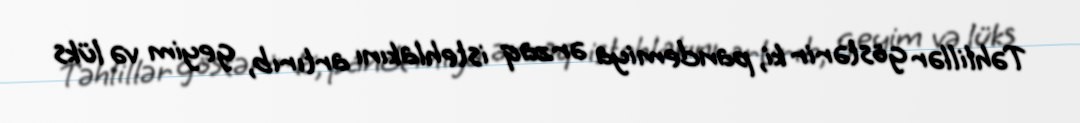
Təhlillər göstərir ki, pandemiya ərzaq istehlakını artırıb, geyim və lüks